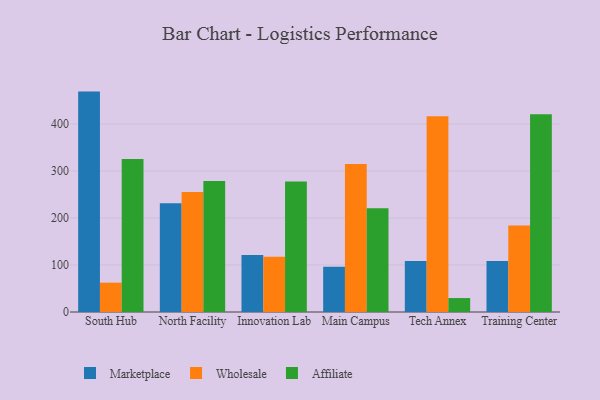
{"axis": {"x": "Campus", "y": "Revenue (USD Million)"}, "legend": ["Affiliate", "Marketplace", "Wholesale"], "data": [{"x": "South Hub", "y": 468.8, "type": "Marketplace"}, {"x": "South Hub", "y": 62.4, "type": "Wholesale"}, {"x": "South Hub", "y": 325.4, "type": "Affiliate"}, {"x": "North Facility", "y": 231.2, "type": "Marketplace"}, {"x": "North Facility", "y": 255.1, "type": "Wholesale"}, {"x": "North Facility", "y": 278.6, "type": "Affiliate"}, {"x": "Innovation Lab", "y": 121.5, "type": "Marketplace"}, {"x": "Innovation Lab", "y": 117.3, "type": "Wholesale"}, {"x": "Innovation Lab", "y": 277.4, "type": "Affiliate"}, {"x": "Main Campus", "y": 96.5, "type": "Marketplace"}, {"x": "Main Campus", "y": 314.9, "type": "Wholesale"}, {"x": "Main Campus", "y": 220.5, "type": "Affiliate"}, {"x": "Tech Annex", "y": 108.3, "type": "Marketplace"}, {"x": "Tech Annex", "y": 416.5, "type": "Wholesale"}, {"x": "Tech Annex", "y": 29.7, "type": "Affiliate"}, {"x": "Training Center", "y": 108.5, "type": "Marketplace"}, {"x": "Training Center", "y": 183.8, "type": "Wholesale"}, {"x": "Training Center", "y": 420.6, "type": "Affiliate"}]}